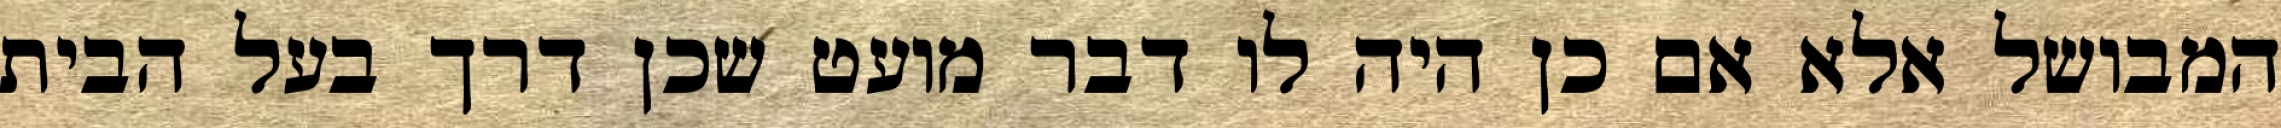
המבושל אלא אם כן היה לו דבר מועט שכן דרך בעל הבית